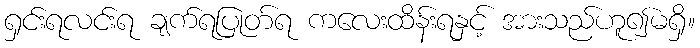
ရှင်းရလင်းရ ချက်ရပြုတ်ရ ကလေးထိန်းရနှင့် အားသည်ဟူ၍မရှိ။